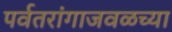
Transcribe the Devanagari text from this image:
पर्वतरांगाजवळच्या